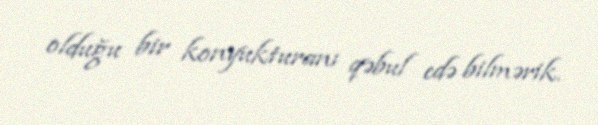
olduğu bir konyukturanı qəbul edə bilmərik.